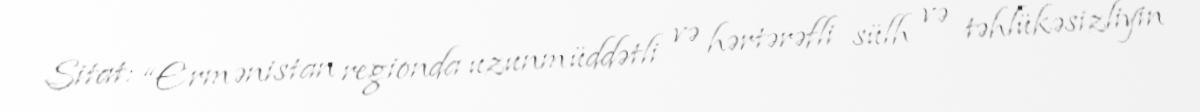
Sitat: “Ermənistan regionda uzunmüddətli və hərtərəfli sülh və təhlükəsizliyin